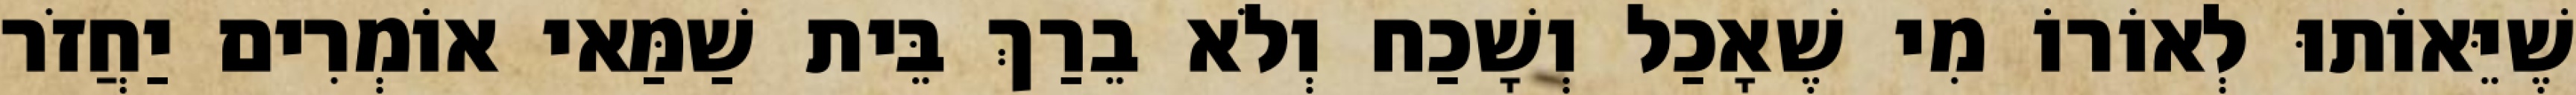
שֶׁיֵּאוֹתוּ לְאוֹרוֹ מִי שֶׁאָכַל וְשָׁכַח וְלֹא בֵרַךְ בֵּית שַׁמַּאי אוֹמְרִים יַחֲזֹר